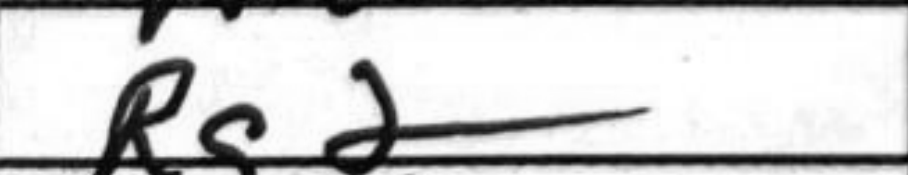
Transcription: Rg2